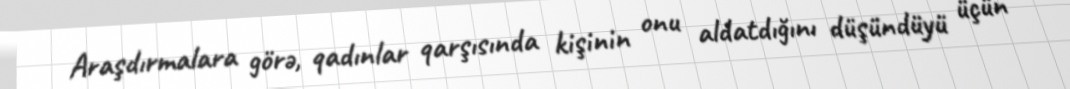
Araşdırmalara görə, qadınlar qarşısında kişinin onu aldatdığını düşündüyü üçün